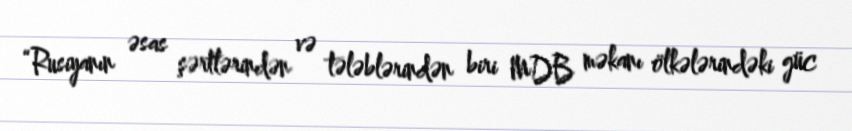
“Rusiyanın əsas şərtlərindən və tələblərindən biri MDB məkanı ölkələrindəki güc